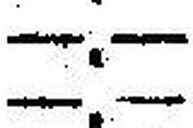
—.—